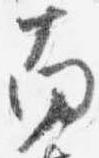
南